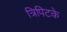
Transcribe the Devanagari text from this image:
त्रिपिटके